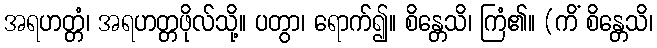
အရဟတ္တံ၊ အရဟတ္တဖိုလ်သို့။ ပတွာ၊ ရောက်၍။ စိန္တေသိ၊ ကြံ၏။ (ကိံ စိန္တေသိ၊